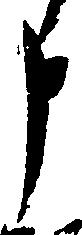
申